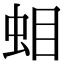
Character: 𧊁